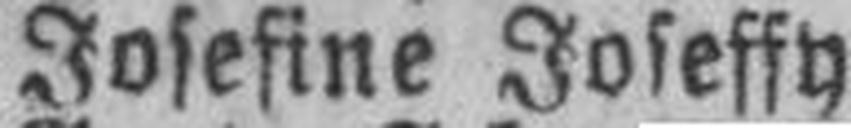
Josefine Joseffy